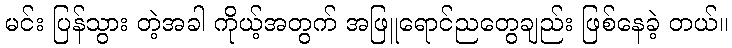
မင်း ပြန်သွား တဲ့အခါ ကိုယ့်အတွက် အဖြူရောင်ညတွေချည်း ဖြစ်နေခဲ့ တယ်။